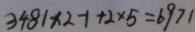
3 4 8 1 \times 2 - 1 + 2 \times 5 = 6 9 7 1